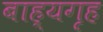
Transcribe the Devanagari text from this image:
बाह्यगृह